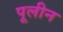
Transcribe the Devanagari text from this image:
पूलीन